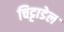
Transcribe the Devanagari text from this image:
चिट्टाडेल